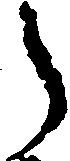
う